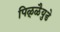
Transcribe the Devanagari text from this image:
पिळ्ळैयुडे